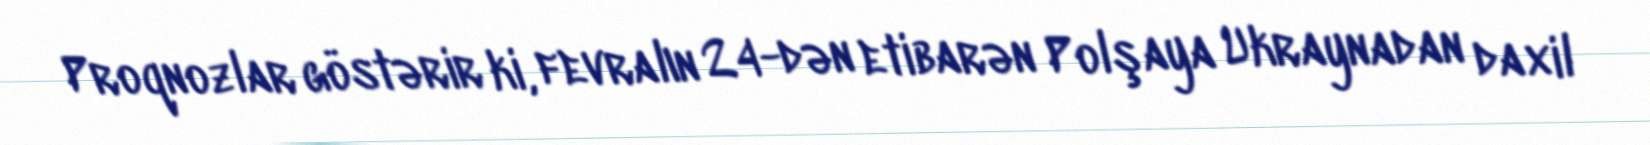
Proqnozlar göstərir ki, fevralın 24-dən etibarən Polşaya Ukraynadan daxil